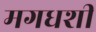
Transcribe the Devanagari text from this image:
मगधशी